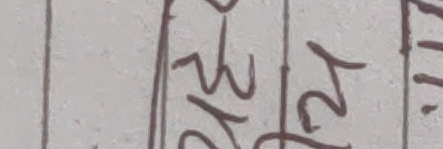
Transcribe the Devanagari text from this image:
३/१२